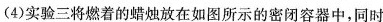
(4)实验三将燃着的蜡烛放在如图所示的密闭容器中，同时